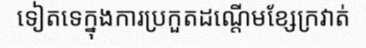
ទៀតទេក្នុងការប្រកួតដណ្តើមខ្សែក្រវាត់